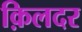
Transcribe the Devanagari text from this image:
क़िलदर